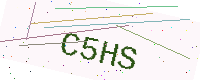
Text: C5HS